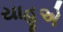
યાહૂએ